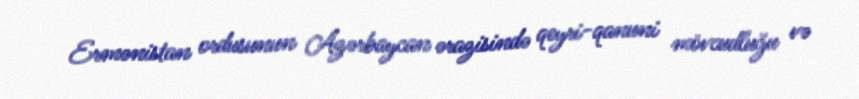
Ermənistan ordusunun Azərbaycan ərazisində qeyri-qanuni mövcudluğu və